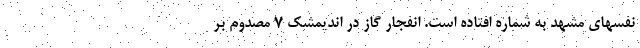
نفسهای مشهد به شماره افتاده است. انفجار گاز در اندیمشک 7 مصدوم بر